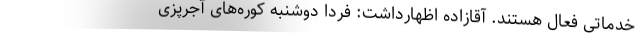
خدماتی فعال هستند. آقازاده اظهارداشت: فردا دوشنبه کوره‌های آجرپزی